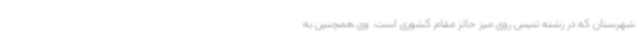
شهرستان که در رشته تنیس روی میز حائز مقام کشوری است. وی همچنین به